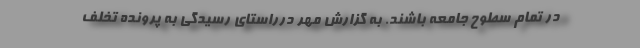
در تمام سطوح جامعه باشند. به گزارش مهر درراستای رسیدگی به پرونده تخلف